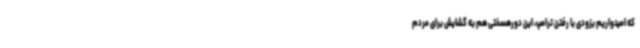
که امیدواریم بزودی با رفتن ترامپ، این دورهسختی هم به گشایش برای مردم